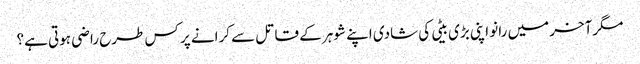
مگرآخر میں رانو اپنی بڑی بیٹی کی شادی اپنے شوہر کے قاتل سے کرانے پر کس طرح راضی ہوتی ہے؟